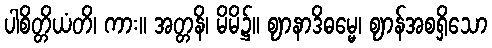
ပါစိတ္တိယံတိ၊ ကား။ အတ္တနိ၊ မိမိ၌။ ဈာနာဒိဓမ္မေ၊ ဈာန်အစရှိသော